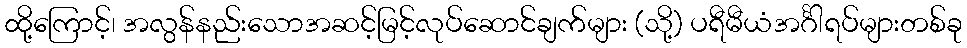
ထို့ကြောင့်၊ အလွန်နည်းသောအဆင့်မြင့်လုပ်ဆောင်ချက်များ (သို့) ပရီမီယံအင်္ဂါရပ်များတစ်ခု